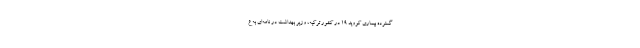
گسترده بیماری کووید ۱۹ در کشور ترکیه، وزیر بهداشت در نامه‌ای به ع